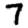
Digit: 7